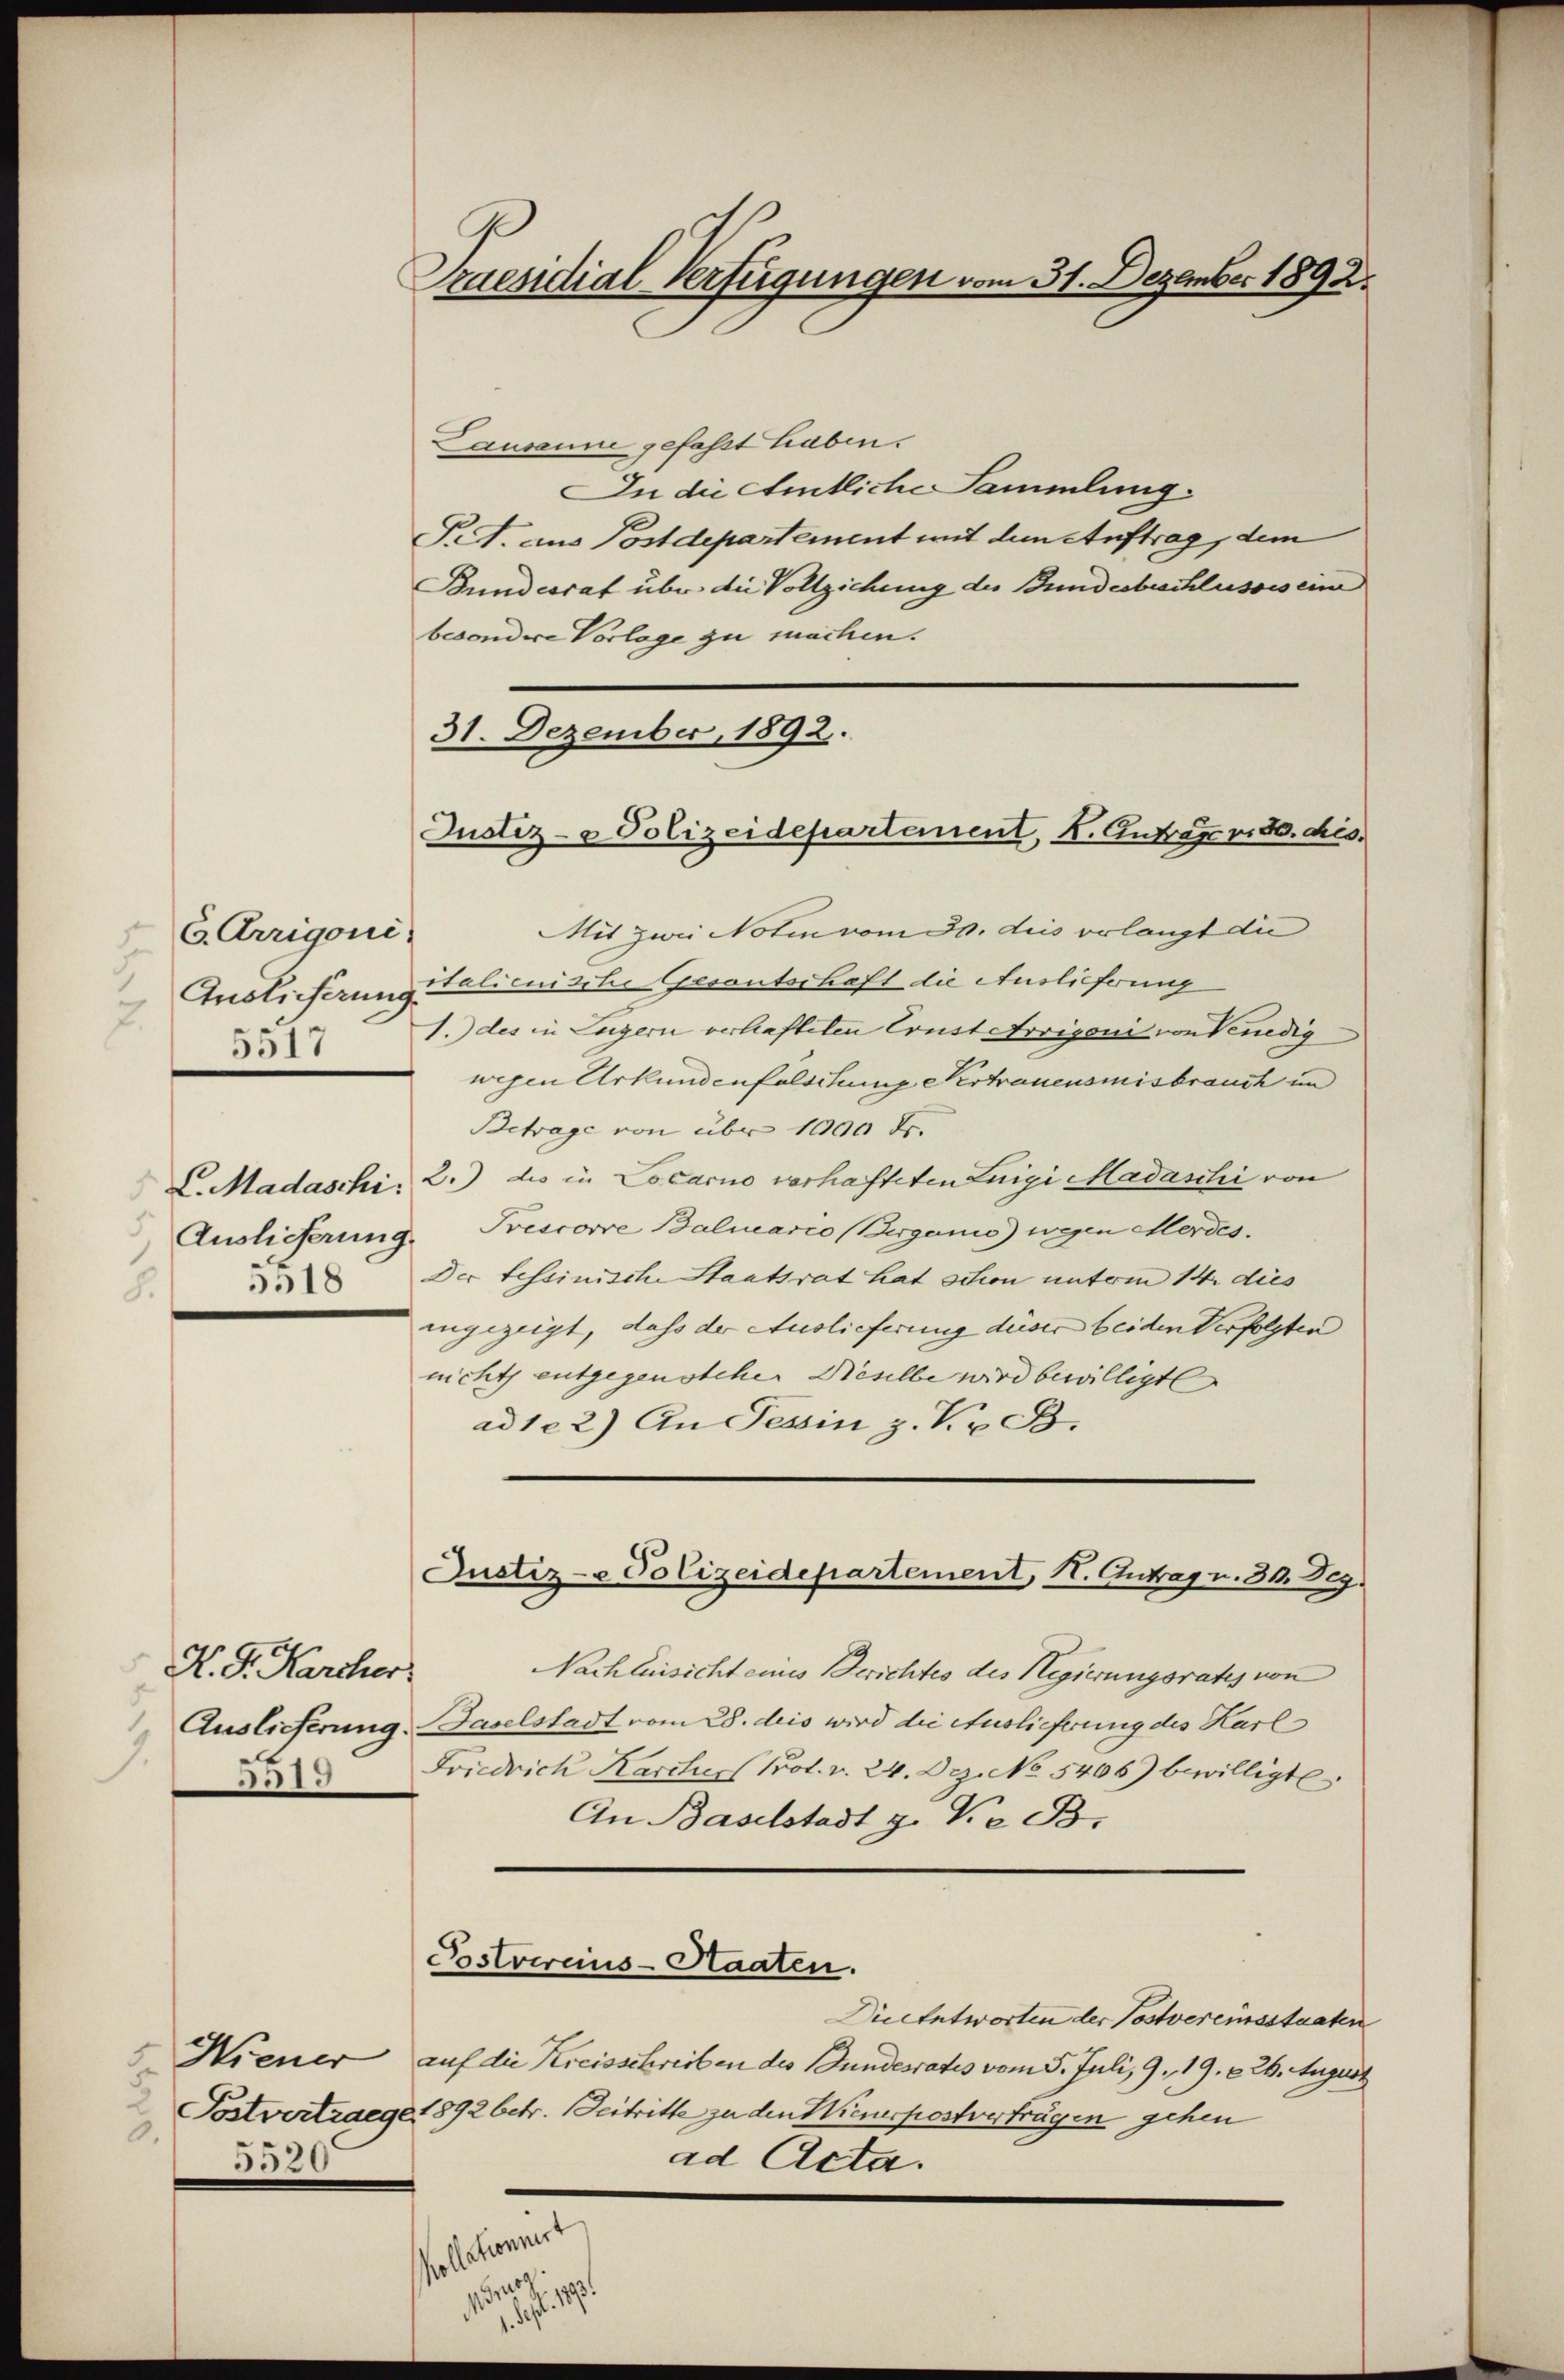
C. Arrigoni.
Auslicherung.
7.
5517

C. Madaschi
Auslieferung.
85518

K. G. Karcher
1315.

.
3520.

Praesidial-Verfügungen vom 31. Dezember 1892.

31. Dezember 1892.
Justiz- & Polizeidepartement, 4. Antrag v. 30. ds.

Causanne gefasst haben.
In die Amtliche Sammlung.
Pet. aus Postdepartement mit dem Auftrag, dem
Bundesrat über die Vollziehung des Bundesbeschlusses eine
besondere Vorlage zu machen.
Mit zwei Notin vom 30. dies erlangt die
italienische Gesantschaft die Auslieferung
1.) des in Luzern verhafteten Ernst Arvigoni von Venedig
wegen Urkundenfalschung vertrauensmisbrauch un
Betrage von über 1000 Fr.
2.) des in Locarno verhafteten Luigi Madaschi von
Prescorre Balinario (Berganis) wegen Mordes.
Der tessinische Staatsrat hat schon unterm 14. dies
ingezeigt, dass der Auslieferung dieser beiden Verfolgten
nicht entgegensteher Wieselbe wird bewilligt
ad 122) An Tessin z. K. B.

Justiz- & Polizeidepartement, H. Antrag u. 30. Dez.

ol kenner

.

Nachlussicht eines Berichtes des Regierungsrates von
Auslieferung Baselstadt vom 28. deis wird die Auslieferung des Harl
Friedrick Karches Prot. v. 24. Dez. No 5406) bewilligte.
An Baselstadt z. Die B.
Postvereins-Staaten.
Diecentworten der Postvereinsstaaten
Hiener auf die Kreisschreiben des Bundesrates vom 5. Juli, 9, 19. 626. August
Postvertrage 1892 betr. Beitritte zu den Wienerpostverträgen gehen
ad Acta.